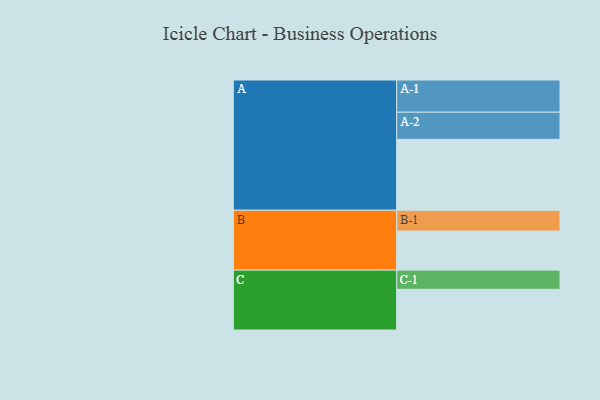
{"axis": {"x": "Segment", "y": "Value"}, "legend": ["", "A", "B", "C"], "data": [{"x": "A", "y": 561, "type": ""}, {"x": "B", "y": 309, "type": ""}, {"x": "C", "y": 322, "type": ""}, {"x": "A-1", "y": 255, "type": "A"}, {"x": "A-2", "y": 215, "type": "A"}, {"x": "B-1", "y": 165, "type": "B"}, {"x": "C-1", "y": 152, "type": "C"}]}